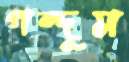
গন্দুম